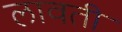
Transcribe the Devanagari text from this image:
लावती